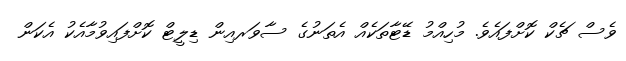
ވެސް ޗެކް ކޮށްފައެވެ. މުހިއްމު ޑޭޓާތަކެއް އެތަނުގެ ސާވަރއިން ޑިލީޓް ކޮށްފައިވުމާއެކު އެކަން